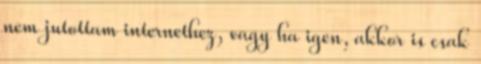
nem jutottam internethez, vagy ha igen, akkor is csak